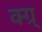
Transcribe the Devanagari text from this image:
क्ग्र्